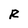
Character: R